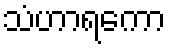
သံဟာရကော